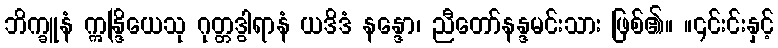
ဘိက္ခူနံ ဣန္ဒြိယေသု ဂုတ္တဒွါရာနံ ယဒိဒံ နန္ဒော၊ ညီတော်နန္ဒမင်းသား ဖြစ်၏။ ။၎င်းင်းနှင့်